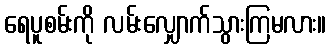
ရေပူစမ်းကို လမ်းလျှောက်သွားကြမလား။